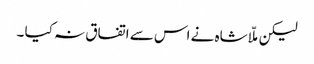
لیکن ملّا شاہ نے اس سے اتفاق نہ کیا ۔